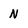
Character: N